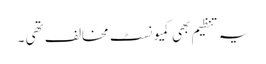
یہ تنظیم بھی کمیونسٹ مخالف تھی ۔